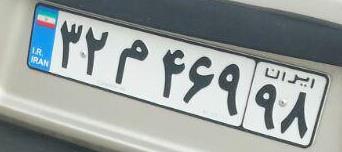
۳۲م۴۶۹۹۸